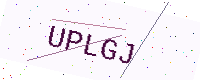
Text: UPLGJ